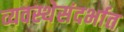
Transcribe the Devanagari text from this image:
व्यवस्थेसंदर्भात